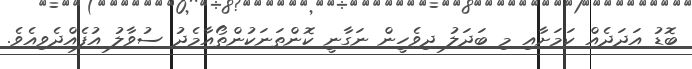
ބޮޑު އަދަދެއް ކަމަށާއި މި ބަދަލު ދިވެހީން ނަގާނީ ކޮންތަނަކުންތޯއާމެދު ސުވާލު އުފެއްދެވިއެވެ.